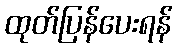
ထုတ်ပြန်ပေးရန်